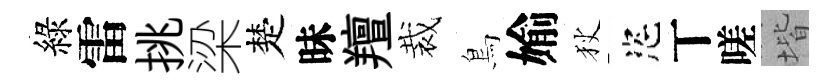
綠雷挑梁楚昧羶裁鳥媮狄恣丅嗟堦